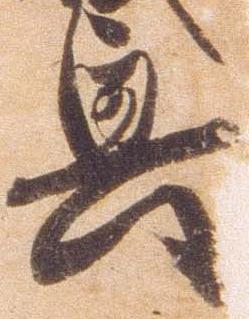
興